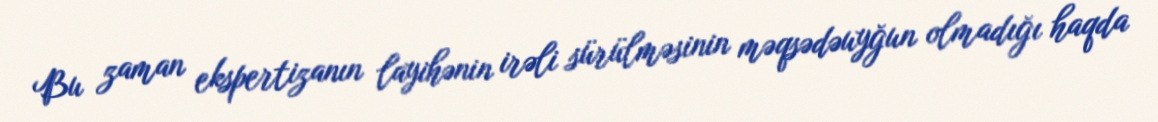
Bu zaman ekspertizanın layihənin irəli sürülməsinin məqsədəuyğun olmadığı haqda